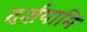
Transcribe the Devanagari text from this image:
दर्शयामि